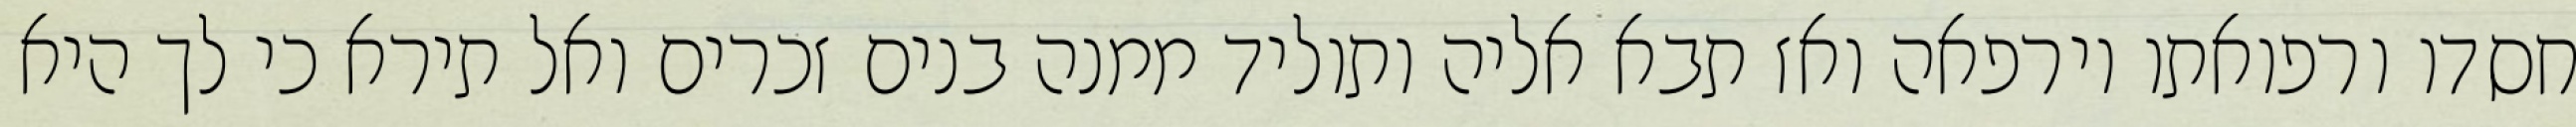
חסדו ורפואתו וירפאה ואז תבא אליה ותוליד ממנה בנים זכרים ואל תירא כי לך היא